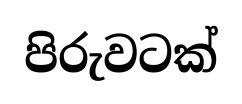
පිරුවටක්